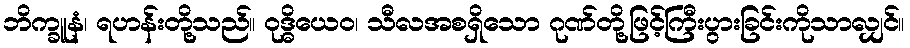
ဘိက္ခူနံ၊ ရဟန်းတို့သည်။ ဝုဒ္ဓိယေဝ၊ သီလအစရှိသော ဂုဏ်တို့ဖြင့်ကြီးပွားခြင်းကိုသာလျှင်။